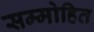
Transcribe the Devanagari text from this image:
सम्‍मोहित